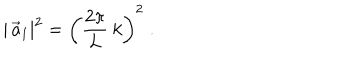
LaTeX: | \, \vec { a } _ { 1 } | ^ { 2 } = \left( \frac { 2 \pi } { L } \: k \right) ^ { 2 } \; .